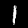
Digit: 1